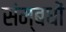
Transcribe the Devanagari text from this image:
संम्बधों